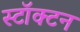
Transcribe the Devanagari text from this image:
स्टॉक्टन